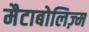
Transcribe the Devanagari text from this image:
मैटाबोलिज़्म